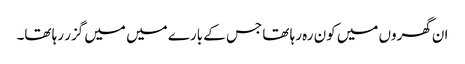
ان گھروں میں کون رہ رہا تھا جس کے بارے میں میں گزر رہا تھا۔